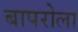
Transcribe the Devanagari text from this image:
बापरोला